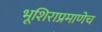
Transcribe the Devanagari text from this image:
भूशिराप्रमाणेच